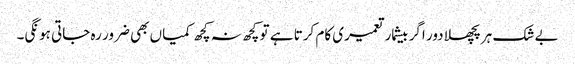
بے شک ہر پچھلا دور اگر بیشمار تعمیری کام کرتا ہے تو کچھ نہ کچھ کمیاں بھی ضرور رہ جاتی ہونگی۔